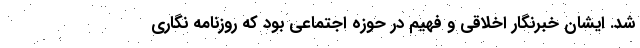
شد. ایشان خبرنگار اخلاقی و فهیم در حوزه اجتماعی بود که روزنامه نگاری